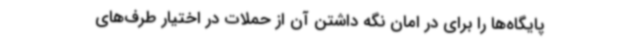
پایگاه‌ها را برای در امان نگه داشتن آن از حملات در اختیار طرف‌های